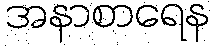
အနာစာရေန